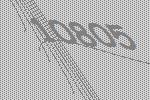
10805